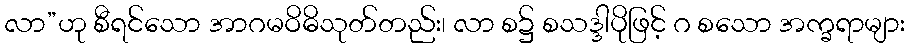
လာ”ဟု စီရင်သော အာဂမဝိဓိသုတ်တည်း၊ လာ စ၌ စသဒ္ဒါပိုဖြင့် ဂ စသော အက္ခရာများ